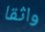
واثقا